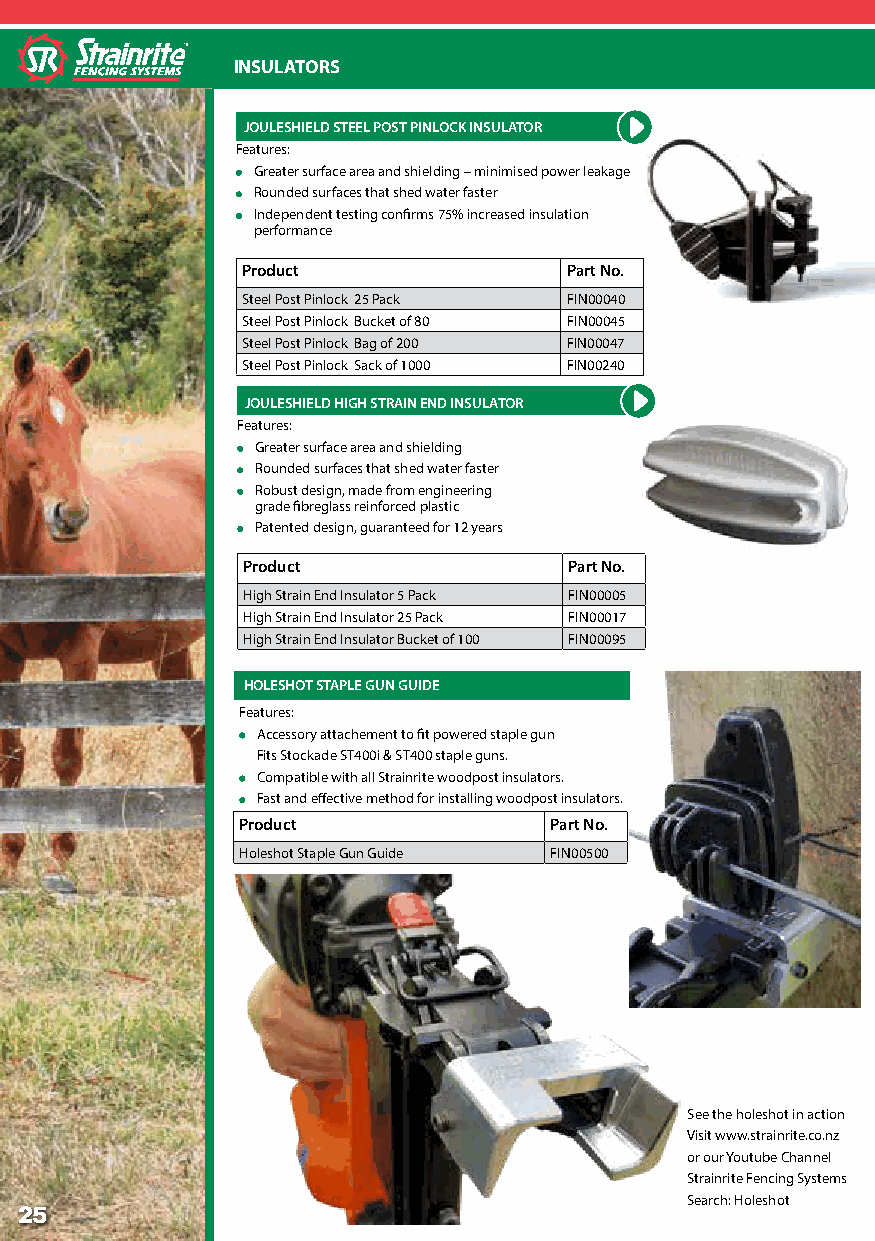
INSULATORS
 JOULESHIELD STEEL POST PINLOCK INSULATOR
 Features:
 Greater surface area and shielding – minimised power leakage
 Rounded surfaces that shed water faster
 Independent testing confirms 75% increased insulation
 performance
 Product              Part No.
 Steel Post Pinlock 25 Pack FIN00040
 Steel Post Pinlock Bucket of 80 FIN00045
 Steel Post Pinlock Bag of 200 FIN00047
 Steel Post Pinlock Sack of 1000 FIN00240
 JOULESHIELD HIGH STRAIN END INSULATOR
 Features:
 Greater surface area and shielding
 Rounded surfaces that shed water faster
 Robust design, made from engineering
 grade fibreglass reinforced plastic
 Patented design, guaranteed for 12 years
 Product               Part No.
 High Strain End Insulator 5 Pack FIN00005
 High Strain End Insulator 25 Pack FIN00017
 High Strain End Insulator Bucket of 100 FIN00095
 HOLESHOT STAPLE GUN GUIDE
 Features:
 Accessory attachement to fit powered staple gun
 Fits Stockade ST400i & ST400 staple guns.
 Compatible with all Strainrite woodpost insulators.
 Fast and effective method for installing woodpost insulators.
 Product             Part No.
 Holeshot Staple Gun Guide FIN00500
 See the holeshot in action
 Visit www.strainrite.co.nz
 or our Youtube Channel
 Strainrite Fencing Systems
 Search: Holeshot
 25